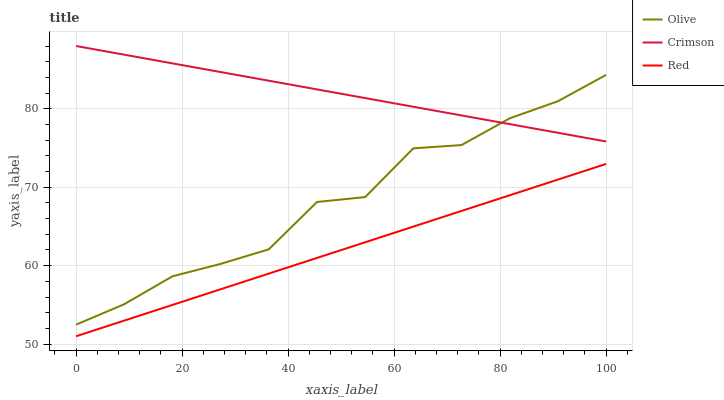
| xaxis_label | Olive | Crimson | Red |
 | --- | --- | --- | --- |
 | 0 | 52.5 | 88 | 51 |
 | 9.09 | 55.1 | 86.9 | 53 |
 | 18.2 | 58.6 | 85.8 | 55 |
 | 27.3 | 60.2 | 84.7 | 57 |
 | 36.4 | 62.1 | 83.6 | 59 |
 | 45.5 | 68.1 | 82.5 | 61 |
 | 54.5 | 68.7 | 81.4 | 63 |
 | 63.6 | 75 | 80.3 | 65 |
 | 72.7 | 75.4 | 79.1 | 67 |
 | 81.8 | 78.8 | 78 | 69 |
 | 90.9 | 81 | 76.9 | 71 |
 | 100 | 84.3 | 75.8 | 73 |